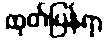
ထုတ်ပြန်ရာ